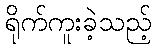
ရိုက်ကူးခဲ့သည့်